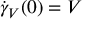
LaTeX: { \dot { \gamma } } _ { V } ( 0 ) = V